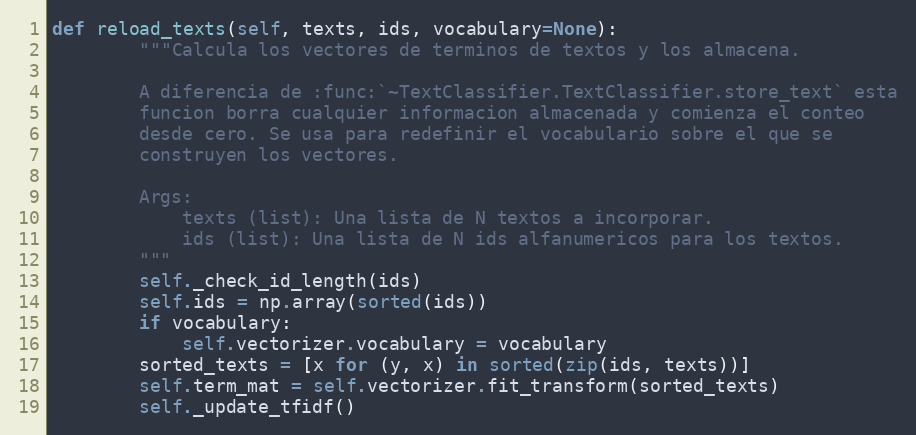
Language: Python
def reload_texts(self, texts, ids, vocabulary=None):
        """Calcula los vectores de terminos de textos y los almacena.

        A diferencia de :func:`~TextClassifier.TextClassifier.store_text` esta
        funcion borra cualquier informacion almacenada y comienza el conteo
        desde cero. Se usa para redefinir el vocabulario sobre el que se
        construyen los vectores.

        Args:
            texts (list): Una lista de N textos a incorporar.
            ids (list): Una lista de N ids alfanumericos para los textos.
        """
        self._check_id_length(ids)
        self.ids = np.array(sorted(ids))
        if vocabulary:
            self.vectorizer.vocabulary = vocabulary
        sorted_texts = [x for (y, x) in sorted(zip(ids, texts))]
        self.term_mat = self.vectorizer.fit_transform(sorted_texts)
        self._update_tfidf()